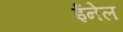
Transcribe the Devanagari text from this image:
ईनेल